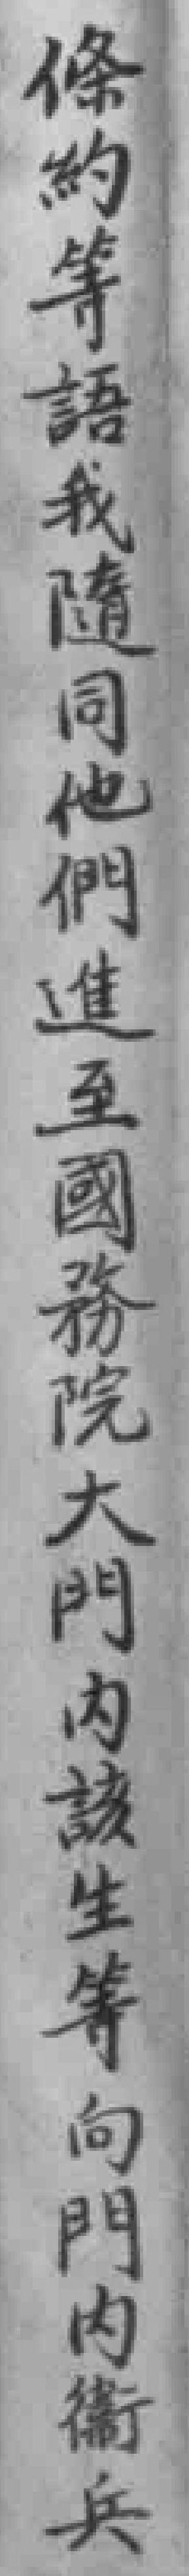
條約等語我隨同他們進至國務院大門內該生等向門内衞兵